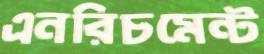
এনরিচমেন্ট